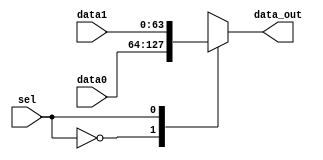
`timescale 1ns / 1ps
//////////////////////////////////////////////////////////////////////////////////
// Company: 
// Engineer: 
// 
// Design Name: 
// Module Name:    mux2to1_64 
// Project Name: 
// Target Devices: 
// Tool versions: 
// Description: 
//
// Dependencies: 
//
// Revision: 
// Revision 0.01 - File Created
// Additional Comments: 
//
//////////////////////////////////////////////////////////////////////////////////
module mux2to1_64(
		input [63:0] data0,
		input [63:0] data1,
		input sel,
		output [63:0] data_out
    );
		
		reg [63:0] out;
		assign data_out =  out;
		
		always @(*)
		begin
			case(sel)
				1'b0:out = data0;
				1'b1:out = data1;
			endcase
		end

endmodule